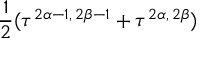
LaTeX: \frac { 1 } { 2 } ( \tau ^ { 2 \alpha - 1 , \, 2 \beta - 1 } + \tau ^ { 2 \alpha , \, 2 \beta } )